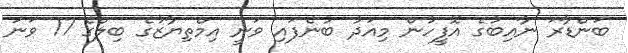
ބަންޑާރަ ނާއިބުގެ އޮފީހުން މިއަދު ބުނެފައި ވަނީ އިމްތިޔާޒުގެ ބިލްގެ 17 ވަނަ